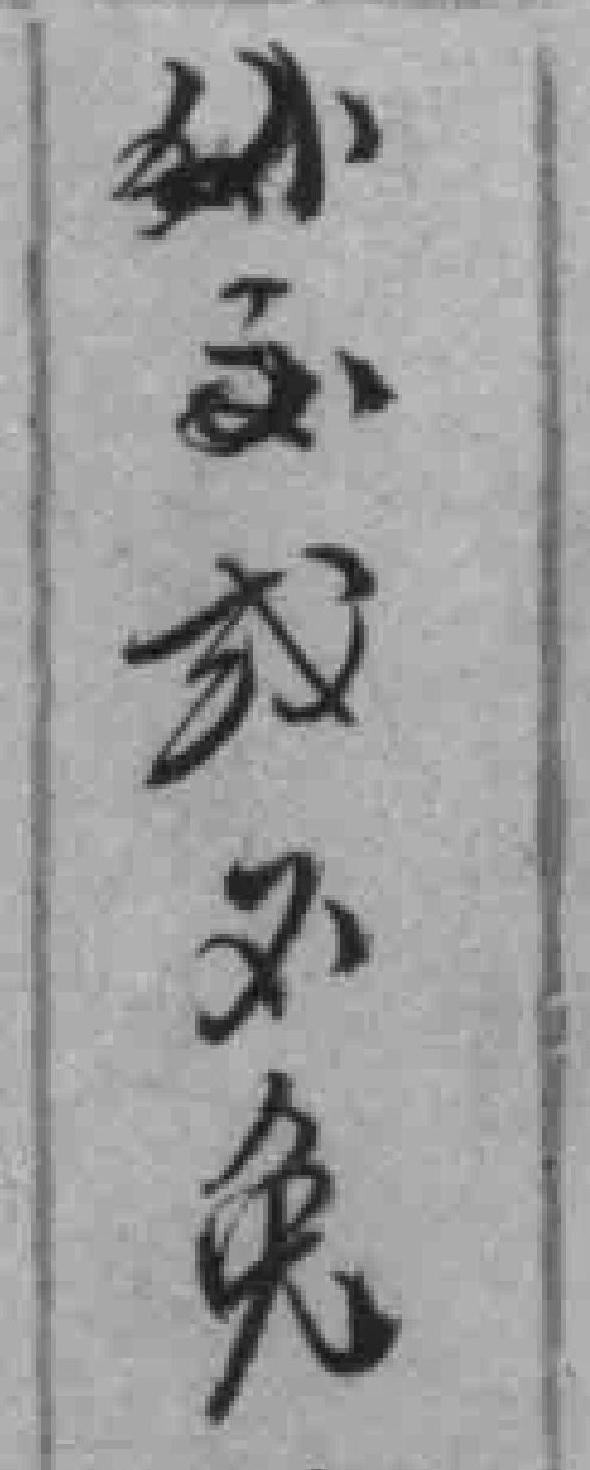
外交或不免